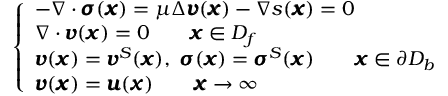
\left\{ \begin{array} { l l } { - \nabla \cdot { \pmb \sigma } ( { \pmb x } ) = \mu \Delta { \pmb v } ( { \pmb x } ) - \nabla s ( { \pmb x } ) = 0 } \\ { \nabla \cdot { \pmb v } ( { \pmb x } ) = 0 \qquad { \pmb x } \in D _ { f } } \\ { { \pmb v } ( { \pmb x } ) = { \pmb v } ^ { S } ( { \pmb x } ) , \ { \pmb \sigma } ( { \pmb x } ) = { \pmb \sigma } ^ { S } ( { \pmb x } ) \qquad { \pmb x } \in \partial D _ { b } } \\ { { \pmb v } ( { \pmb x } ) = { \pmb u } ( { \pmb x } ) \qquad { \pmb x } \rightarrow \infty } \end{array} \right.